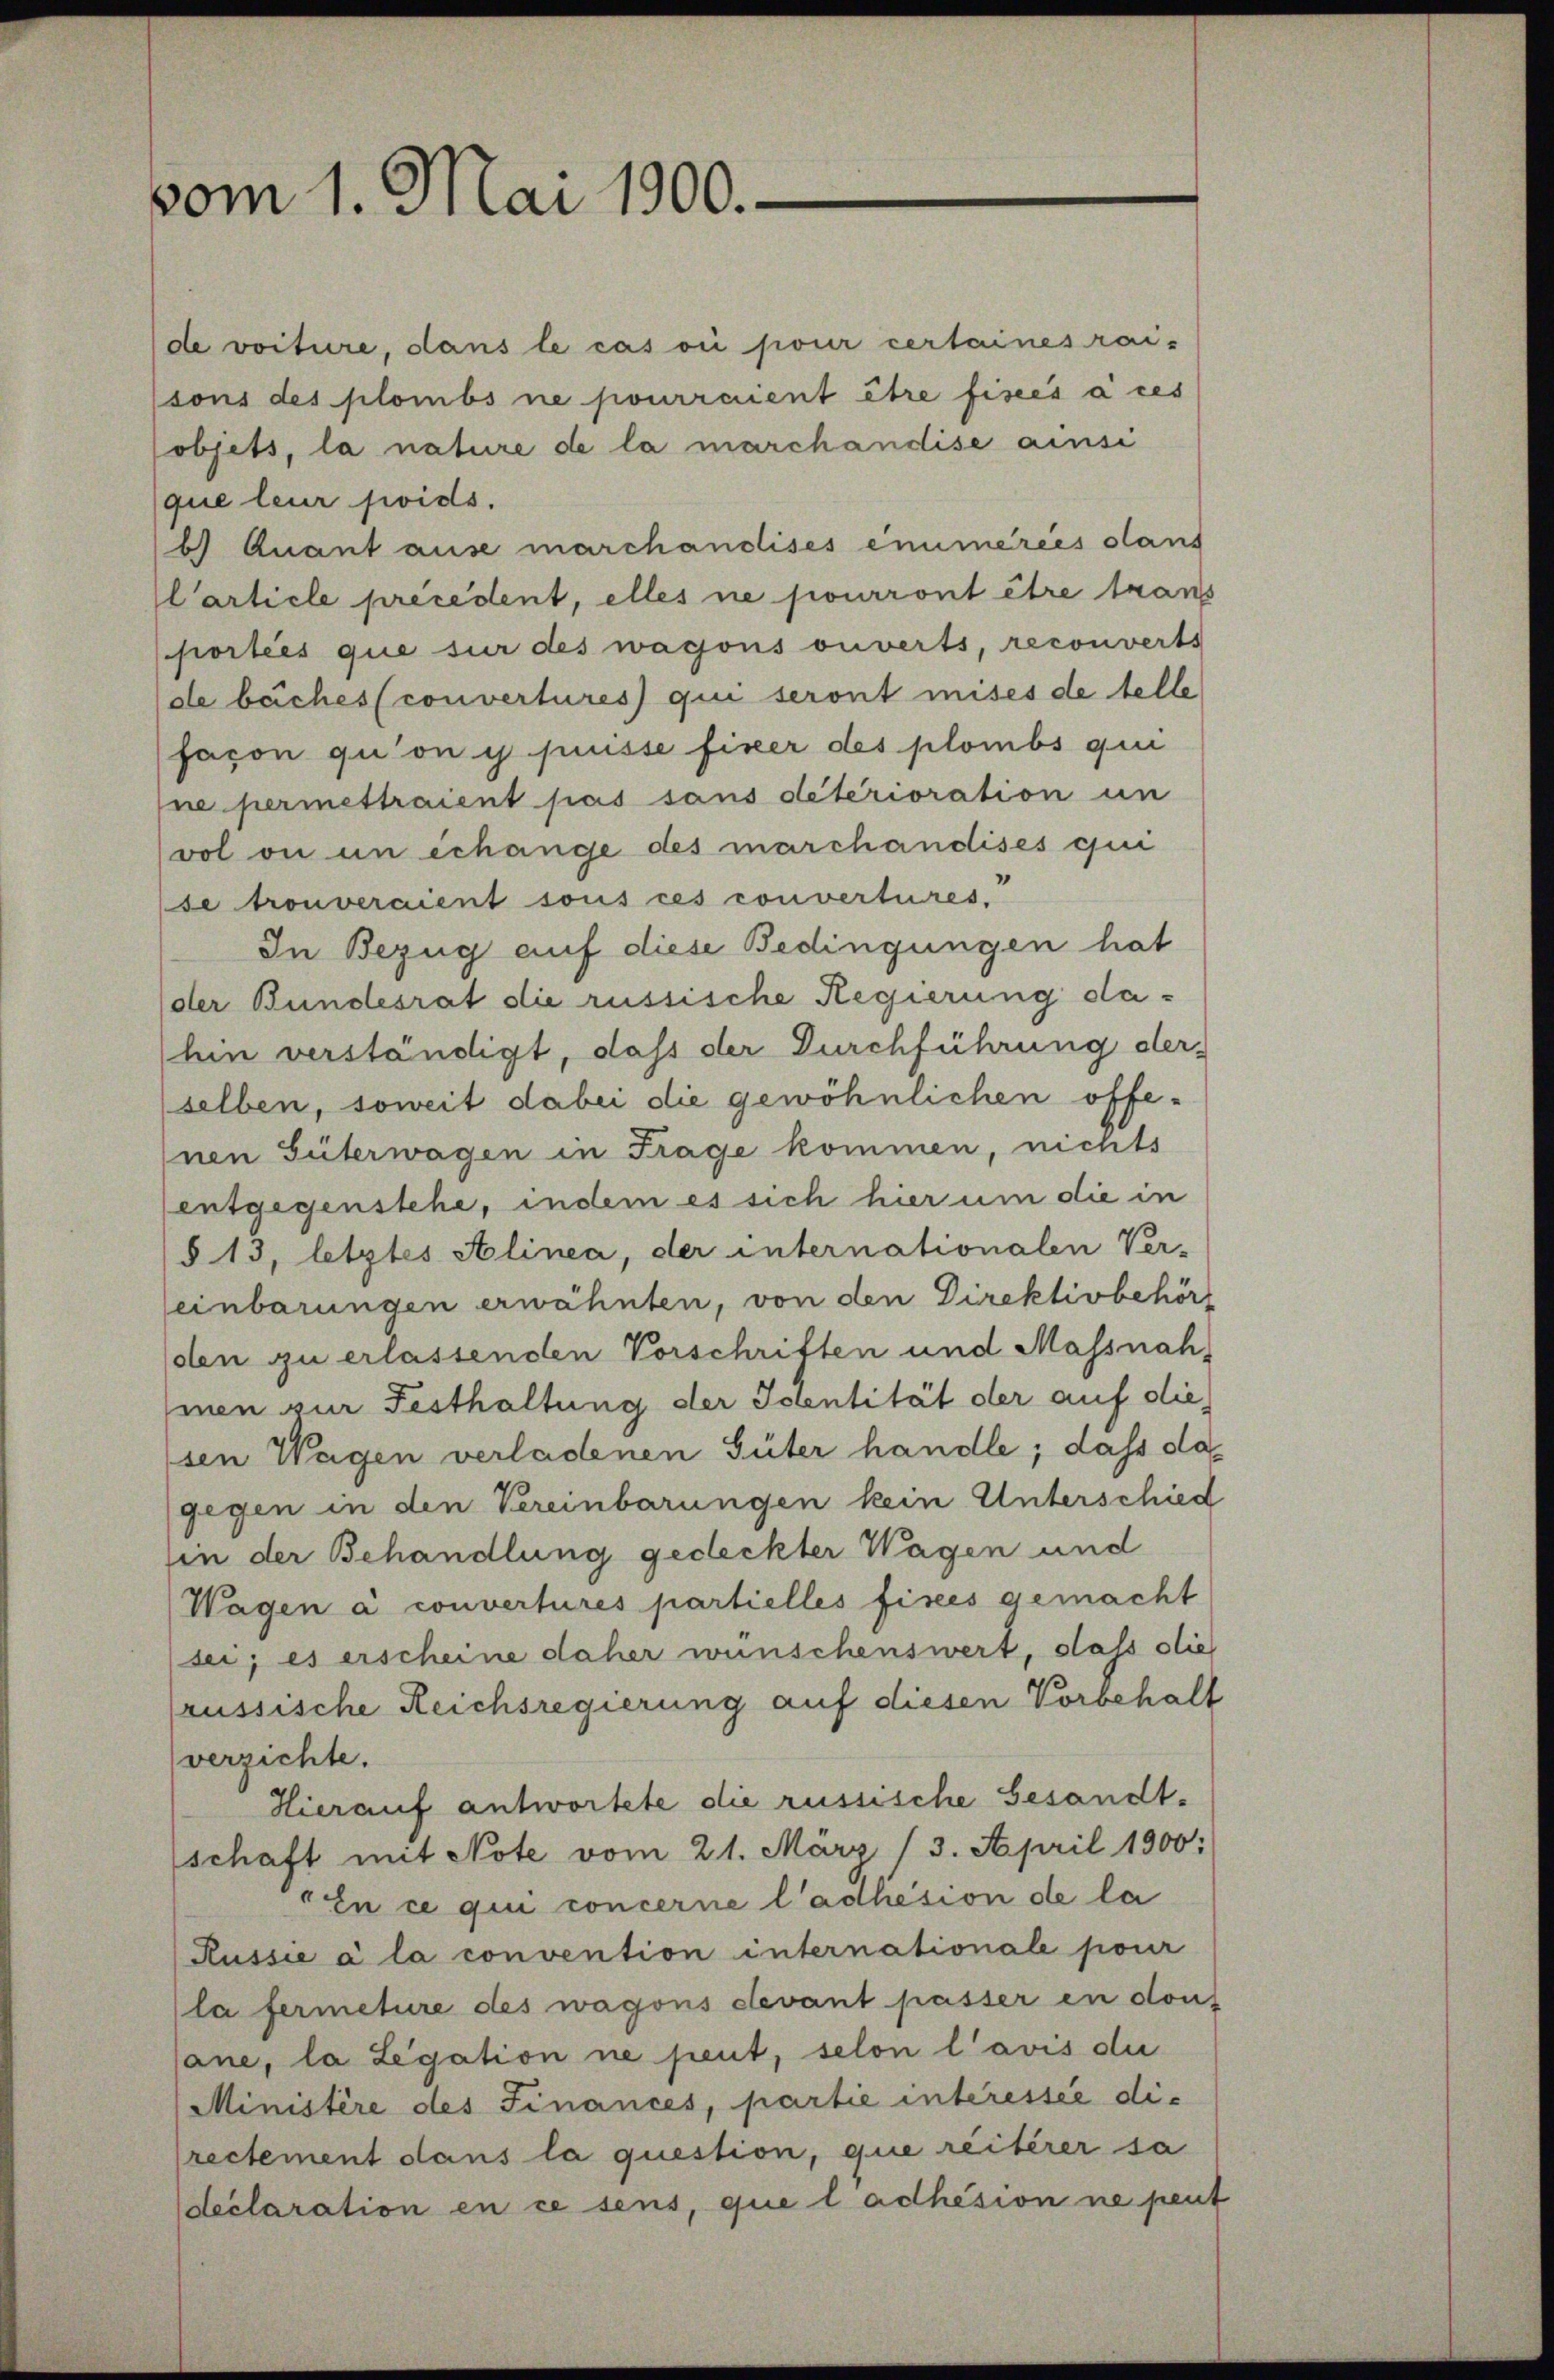
vom 1. Mai 1900.

de voiture, dans le cas ou pour certaines rai-
(sons des plombs ne pourraient être fisees à ces
objets, la nature de la marchandise ainsi
que leur soids.
b) Quant ause marchandises enumeries sans
l’article precedent, elles ne pourront être trans
portées que sur des wagons ouverts, reconverts
de baches (convertures qui seront mises de telle
façon qu’on y puisse fixer des plombs qui
ne permettraient pas sans détérioration in
vol ou un échange des marchandises qui
se trouveraient sous ces convertures,
In Bezug auf diese Bedingungen hat
der Bundesrat die russische Regierung dahin verständigt, daß der Durchführung der
selben, soweit dabei die gewöhnlichen offenen Güterwagen in Frage kommen, nichts
entgegenstehe, indem es sich hier um die in
§ 13, letztes Alinea, der internationalen Ver-
einbarungen erwähnten, von den Direktivbehör
den zu erlassenden Vorschriften und Massnahmen zur Festhaltung der Identität der auf die
sen Wagen verladenen Güter handle; dass da
gegen in den Vereinbarungen kein Unterschied
in der Behandlung gedeckter Wagen und
Wagen a convertures partielles fisces gemacht
sei; es erscheine daher wünschenswert, dass sie
russische Reichsregierung auf diesen Vorbehalt
verzichte.
Hierauf antwortete die russische Gesandtschaft mit Note vom 21. März (3. April 1900:
En ce qui concerne l’adhésion de la
Russie à la convention internationale pour
la fermeture des wagons devant passer in don-
Cane, la Legation ne peut, selon l’avis die
Ministère des Finances, partie interessée die
rectement dans la question, que reiterer sa
declaration en ce sens, que l adhésion ne peut